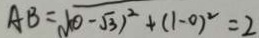
A B = \sqrt { ( 0 - \sqrt { 3 } } ) ^ { 2 } + ( 1 - 0 ) ^ { 2 } = 2